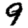
Digit: 9